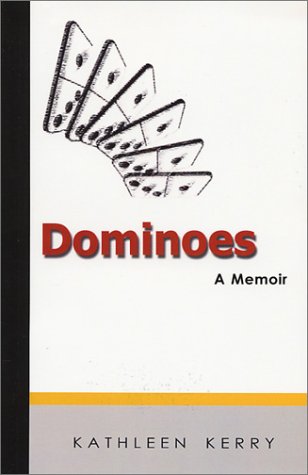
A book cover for Dominoes: A Memoir; Kathleen Kerry; Health, Fitness & Dieting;